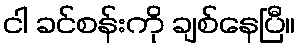
ငါ ခင်စန်းကို ချစ်နေပြီ။